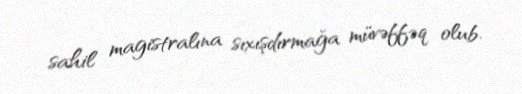
sahil magistralına sıxışdırmağa müvəffəq olub.